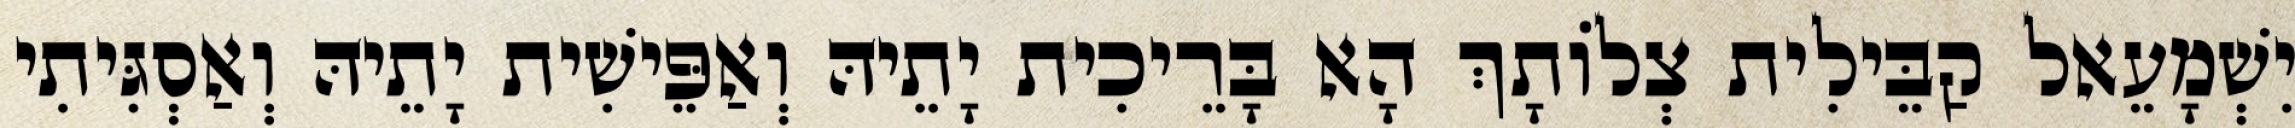
יִשְׁמָעֵאל קַבֵּילִית צְלוֹתָךְ הָא בָּרֵיכִית יָתֵיהּ וְאַפֵּישִׁית יָתֵיהּ וְאַסְגִּיתִי